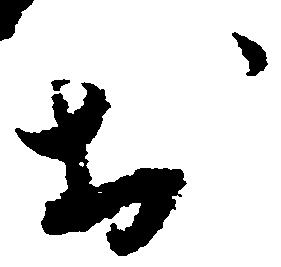
於